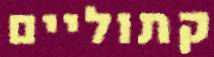
קתוליים